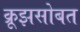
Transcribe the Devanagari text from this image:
क्रूझसोबत